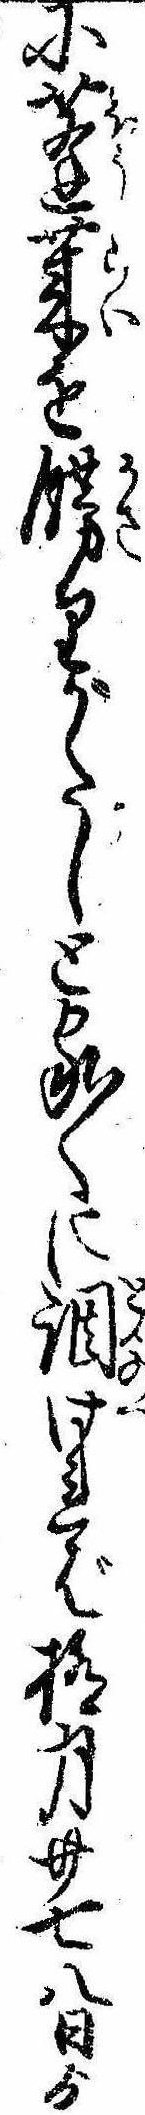
に蓬莱を飾りがたしと家〱に調ければ極月廿七八日ゟ